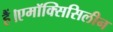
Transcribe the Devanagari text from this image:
हैं।एमॉक्सिसिलीन